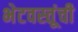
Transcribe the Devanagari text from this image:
भेटवस्तूंची